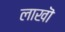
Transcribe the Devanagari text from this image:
लाखॊ